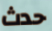
حدث